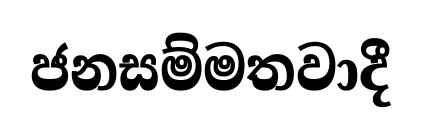
ජනසම්මතවාදී